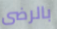
بالرضى